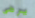
يرضى